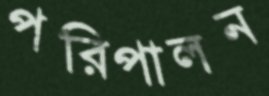
পরিপালন